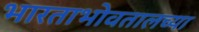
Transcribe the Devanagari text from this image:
भारताभोवतालच्या